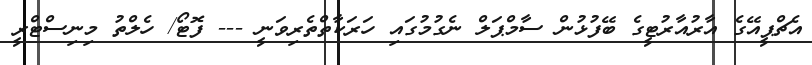
އެޗްޕީއޭގެ އާރުއާރުޓީގެ ބޭފުޅުން ސާމްޕަލް ނެގުމުގައި ހަރަކާތްތެރިވަނީ --- ފޮޓޯ/ ހެލްތު މިނިސްޓްރީ